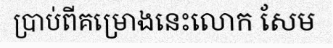
ប្រាប់ពីគម្រោងនេះលោក សែម